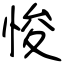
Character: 悛